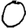
Digit: 0